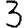
Digit: 3